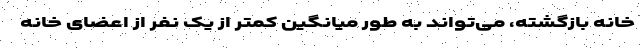
خانه بازگشته، می‌تواند به طور میانگین کمتر از یک نفر از اعضای خانه